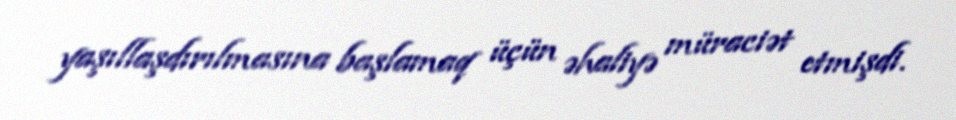
yaşıllaşdırılmasına başlamaq üçün əhaliyə müraciət etmişdi.